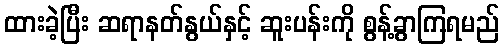
ထားခဲ့ပြီး ဆရာနတ်နွယ်နှင့် ဆူးပန်းကို စွန့်ခွာကြရမည်